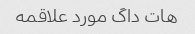
هات داگ مورد علاقمه